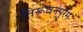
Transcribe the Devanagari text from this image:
तिरूवनंपुरम